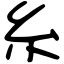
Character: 糸